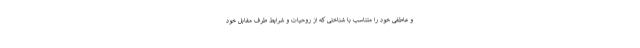
و عاطفی خود را متناسب با شناختی که از روحیات و شرایط طرف مقابل خود